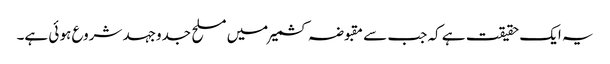
یہ ایک حقیقت ہے کہ جب سے مقبوضہ کشمیر میں مسلح جدوجہد شروع ہو ئی ہے۔